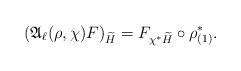
LaTeX: \begin{align*} (\mathfrak{A}_{\ell}(\rho, \chi) F)_{ \widetilde{H} } = F_{\chi^{*} \widetilde{H}} \circ \rho^{*}_{(1)}. \end{align*}